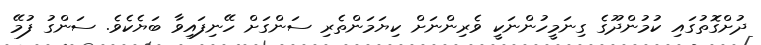
ދުށްގޮތުގައި ކުމުންދޫގެ ގިނަމީހުންނަކީ ވެރިންނަށް ކިޔަމަންތެރި ސަންގަށް ހޭނިފައިވާ ބަޔެކެވެ. ސަންގު ފުމޭ